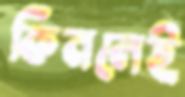
কিনলেই